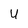
Character: U